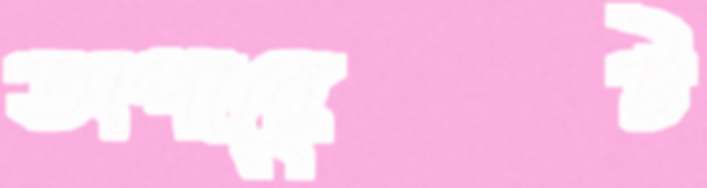
অপারেট